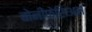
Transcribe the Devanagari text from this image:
बोनीफेसिअस